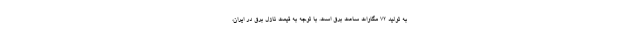
به تولید ۷۲ مگاوات ساعت برق است. با توجه به قیمت نازل برق در ایران،